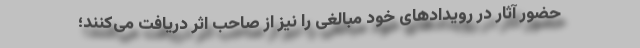
حضور آثار در رویدادهای خود مبالغی را نیز از صاحب اثر دریافت می‌کنند؛